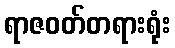
ရာဇဝတ်တရားရုံး